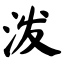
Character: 泼